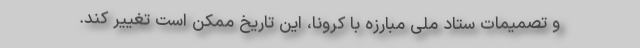
و تصمیمات ستاد ملی مبارزه با کرونا، این تاریخ ممکن است تغییر کند.